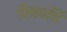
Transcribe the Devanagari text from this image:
विधयर्थि